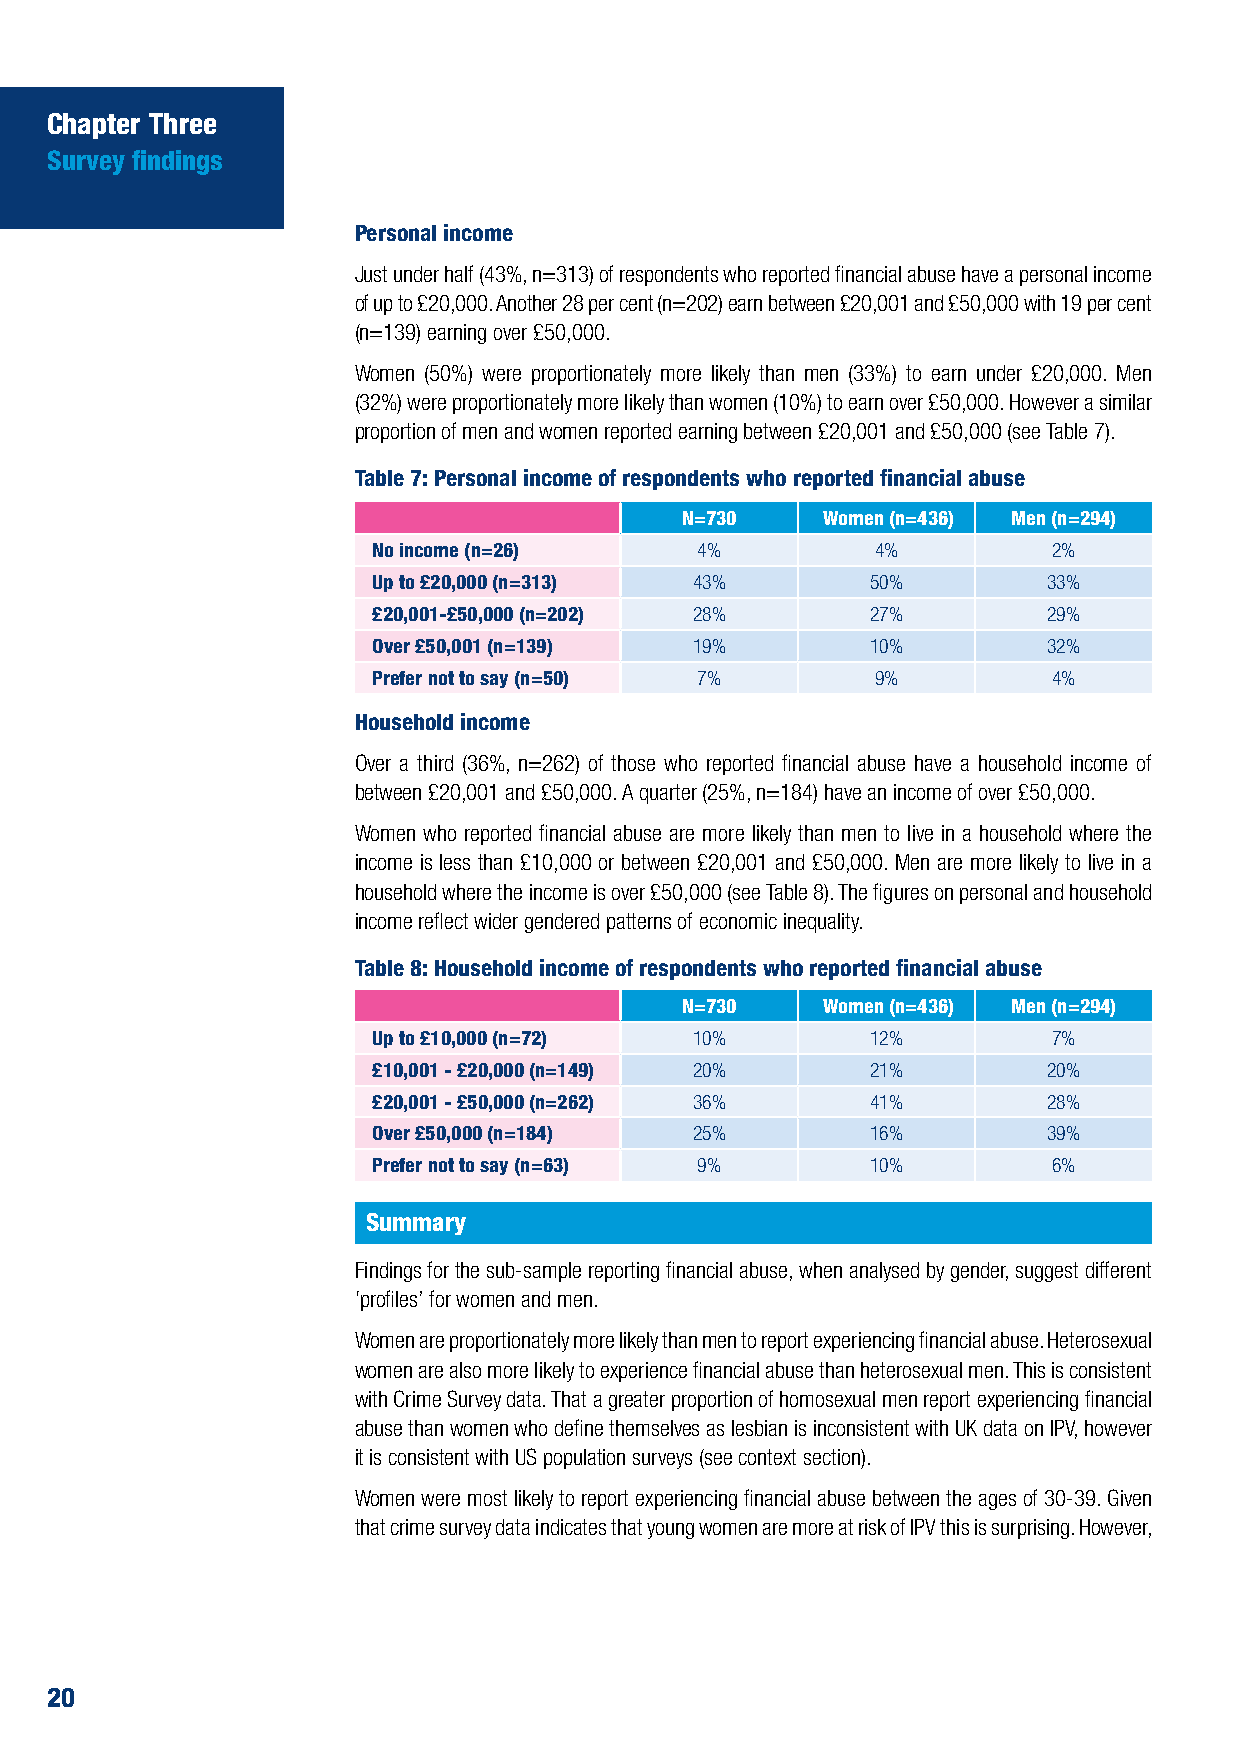
Chapter Three
 Survey findings
 Personal income
 Just under half (43%, n=313) of respondents who reported financial abuse have a personal income
 of up to £20,000. Another 28 per cent (n=202) earn between £20,001 and £50,000 with 19 per cent
 (n=139) earning over £50,000.
 Women (50%) were proportionately more likely than men (33%) to earn under £20,000. Men
 (32%) were proportionately more likely than women (10%) to earn over £50,000. However a similar
 proportion of men and women reported earning between £20,001 and £50,000 (see Table 7).
 Table 7: Personal income of respondents who reported financial abuse
 N=730    Women (n=436) Men (n=294)
 No income (n=26)     4%          4%          2%
 Up to £20,000 (n=313) 43%        50%        33%
 £20,001-£50,000 (n=202) 28%      27%        29%
 Over £50,001 (n=139) 19%         10%        32%
 Prefer not to say (n=50) 7%      9%          4%
 Household income
 Over a third (36%, n=262) of those who reported financial abuse have a household income of
 between £20,001 and £50,000. A quarter (25%, n=184) have an income of over £50,000.
 Women who reported financial abuse are more likely than men to live in a household where the
 income is less than £10,000 or between £20,001 and £50,000. Men are more likely to live in a
 household where the income is over £50,000 (see Table 8). The figures on personal and household
 income reflect wider gendered patterns of economic inequality.
 Table 8: Household income of respondents who reported financial abuse
 N=730    Women (n=436) Men (n=294)
 Up to £10,000 (n=72) 10%         12%         7%
 £10,001 - £20,000 (n=149) 20%    21%        20%
 £20,001 - £50,000 (n=262) 36%    41%        28%
 Over £50,000 (n=184) 25%         16%        39%
 Prefer not to say (n=63) 9%      10%         6%
 Summary
 Findings for the sub-sample reporting financial abuse, when analysed by gender, suggest different
 ‘profiles’ for women and men.
 Women are proportionately more likely than men to report experiencing financial abuse. Heterosexual
 women are also more likely to experience financial abuse than heterosexual men. This is consistent
 with Crime Survey data. That a greater proportion of homosexual men report experiencing financial
 abuse than women who define themselves as lesbian is inconsistent with UK data on IPV, however
 it is consistent with US population surveys (see context section).
 Women were most likely to report experiencing financial abuse between the ages of 30-39. Given
 that crime survey data indicates that young women are more at risk of IPV this is surprising. However,
 20